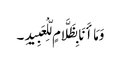
وَمَا أَنَا بِظَلَّامٍ لِّلْعَبِیدِ ۔